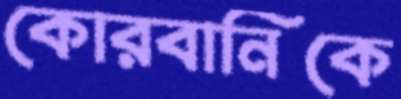
কোরবানিকে